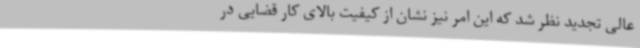
عالی تجدید نظر شد که این امر نیز نشان از کیفیت بالای کار قضایی در